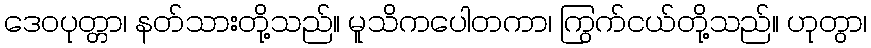
ဒေဝပုတ္တာ၊ နတ်သားတို့သည်။ မူသိကပေါတကာ၊ ကြွက်ငယ်တို့သည်။ ဟုတွာ၊